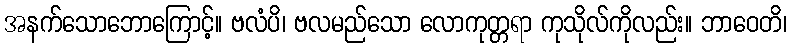
အနက်သောဘောကြောင့်။ ဗလံပိ၊ ဗလမည်သော လောကုတ္တရာ ကုသိုလ်ကိုလည်း။ ဘာဝေတိ၊